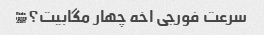
سرعت فورجی اخه چهار مگابیت؟�